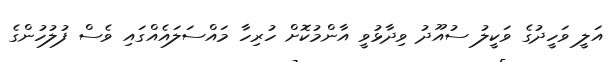
އަލީ ވަހީދުގެ ވަކީލު ސުއޫދު ވިދާޅުވީ އާންމުކޮށް ހުރިހާ މައްސަލައެއްގައި ވެސް ފުލުހުންގެ